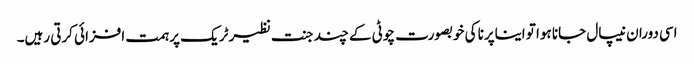
اسی دوران نیپال جانا ہوا تو ایناپرنا کی خوبصورت چوٹی کے چند جنت نظیر ٹریک پر ہمت افزائی کرتی رہیں۔